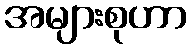
အများစုဟာ